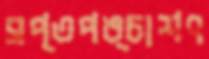
সপ্তপঙ্চাশৎ